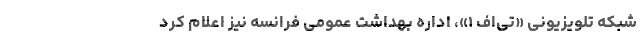
شبکه تلویزیونی «تی‌اف ۱»، اداره بهداشت عمومی فرانسه نیز اعلام کرد